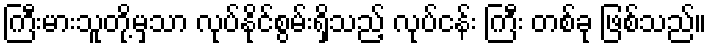
ကြီးမားသူတို့မှသာ လုပ်နိုင်စွမ်းရှိသည့် လုပ်ငန်း ကြီး တစ်ခု ဖြစ်သည်။